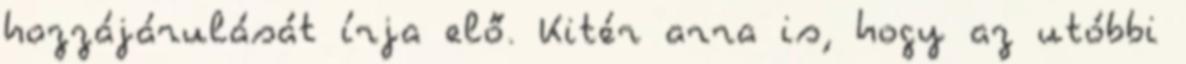
hozzájárulását írja elő. Kitér arra is, hogy az utóbbi